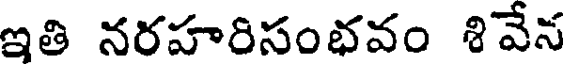
ఇతి నరహరిసంభవం శివేన